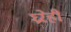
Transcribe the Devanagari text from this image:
घ्ररेही